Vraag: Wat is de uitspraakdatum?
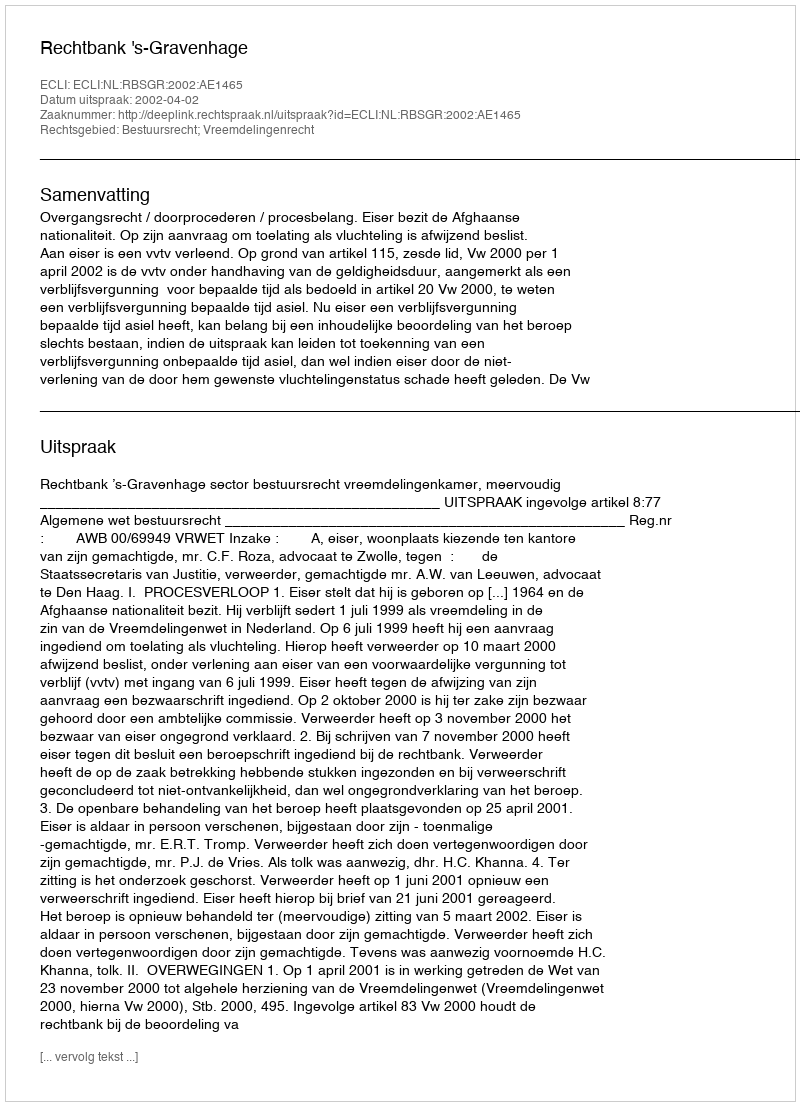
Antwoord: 2002-04-02